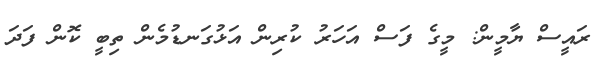
ރައީސް ޔާމީން: މީގެ ފަސް އަހަރު ކުރިން އަޅުގަނޑުމެން ތިބީ ކޮން ފަދަ